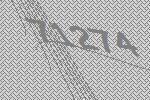
71274